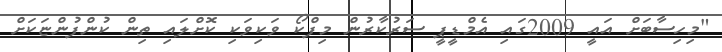
"މިހިސާބަށް އައީ 2009ގައި އެމްޑީޕީ ސަރުކާރުން މިފްކޯ ވަކިވަކި ކޮށްލައި ތިން ކުންފުންޏަކަށް